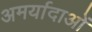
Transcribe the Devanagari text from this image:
अमर्यादाओं